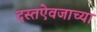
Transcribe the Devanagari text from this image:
दस्तऐवजाच्या